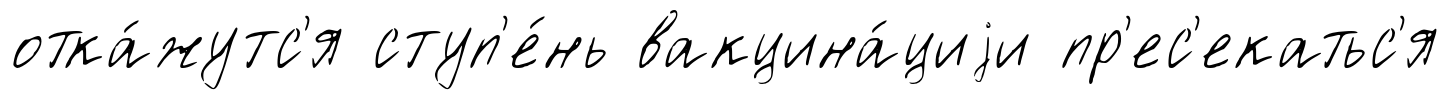
отка́жутс'я ступ'е́нь вакцина́циjи пр'ес'екатьс'я